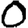
Digit: 0